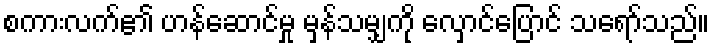
စကားလက်၏ ဟန်ဆောင်မှု မှန်သမျှကို လှောင်ပြောင် သရော်သည်။